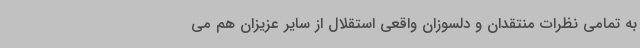
به تمامی نظرات منتقدان و دلسوزان واقعی استقلال از سایر عزیزان هم می